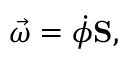
{ \vec { \omega } } = { \dot { \phi } } \mathbf { S } ,